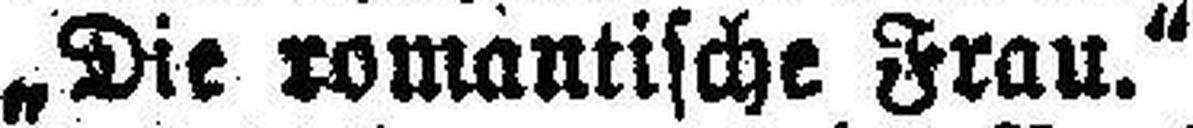
„Die romantische Frau.“